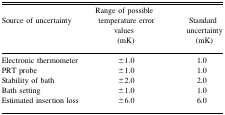
| Source of uncertainty | Range of possible temperature error values (mK) | Standard uncertainty (mK) |
 | --- | --- | --- |
 | Electronic thermometer | ±1.0 | 1.0 |
 | PRT probe | ±1.0 | 1.0 |
 | Stability of bath | ±2.0 | 2.0 |
 | Bath setting | ±1.0 | 1.0 |
 | Estimated insertion loss | ±6.0 | 6.0 |